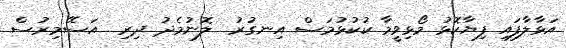
އަޅާލާފައި ފިޔާކޮޅު މޯޅިވީމާ ކުކުޅުމަސް އިނގުރު  ލޮނުމެދު ދިރި  އަސޭމިރުސް